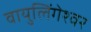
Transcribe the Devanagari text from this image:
वायुलिंगेश्वर